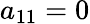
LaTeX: a_{11}=0